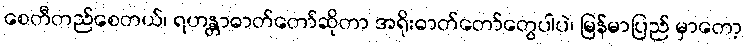
စေတီတည်စေတယ်၊ ရဟန္တာဓာတ်တော်ဆိုတာ အရိုးဓာတ်တော်တွေပါပဲ၊ မြန်မာပြည် မှာတော့